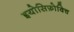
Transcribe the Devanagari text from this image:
इयोसिफ़ोविच